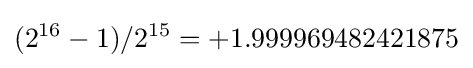
(2^{16}-1)/2^{15}=+1.999969482421875